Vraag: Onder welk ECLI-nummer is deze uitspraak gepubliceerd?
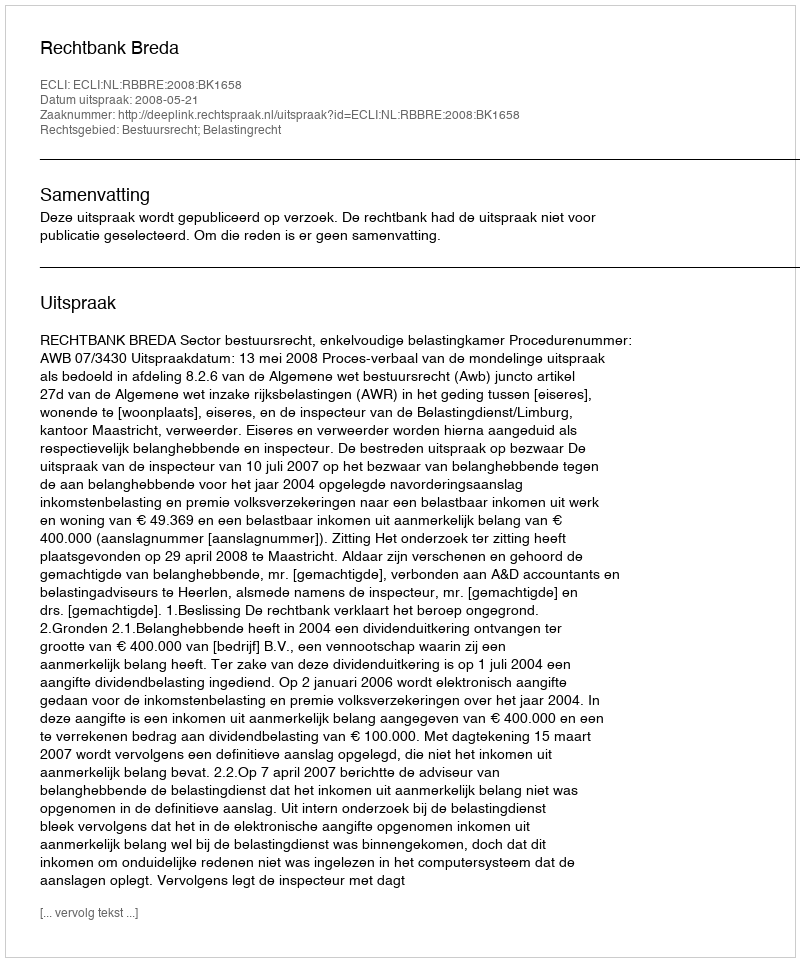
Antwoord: ECLI:NL:RBBRE:2008:BK1658